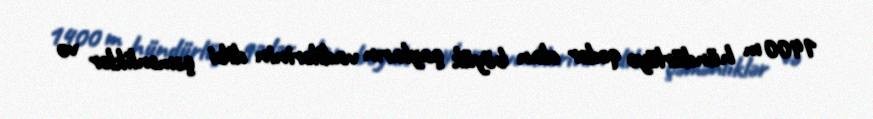
1400 m hündürlüyə qədər olan böyük çayların vadilərinin dibi çəmənliklər və